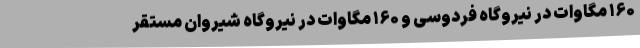
۱۶۰ مگاوات در نیروگاه فردوسی و ۱۶۰ مگاوات در نیروگاه شیروان مستقر